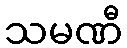
သမဏီ